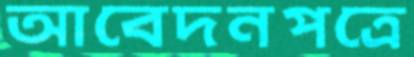
আবেদনপত্রে